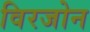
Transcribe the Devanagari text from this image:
विरजोन